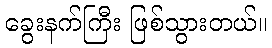
ခွေးနက်ကြီး ဖြစ်သွားတယ်။